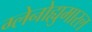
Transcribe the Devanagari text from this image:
ग्लेनोह्युमारल